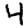
Digit: 4